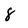
Character: 8